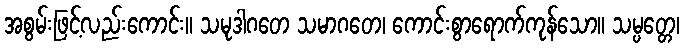
အစွမ်းဖြင့်လည်းကောင်း။ သမုဒါဂတေ သမာဂတေ၊ ကောင်းစွာရောက်ကုန်သော။ သမ္ပတ္တေ၊